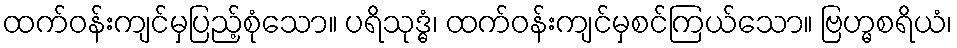
ထက်ဝန်းကျင်မှပြည့်စုံသော။ ပရိသုဒ္ဓံ၊ ထက်ဝန်းကျင်မှစင်ကြယ်သော။ ဗြဟ္မစရိယံ၊